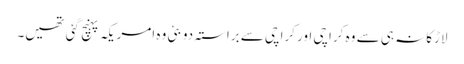
لاڑکانہ ہی سے وہ کراچی اور کراچی سے براستہ دوبئی وہ امریکہ پہنچ گئی تھیں۔